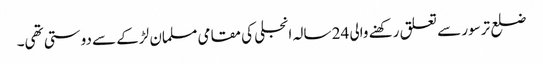
ضلع ترسور سے تعلق رکھنے والی 24 سالہ انجلی کی مقامی مسلمان لڑکے سے دوستی تھی۔